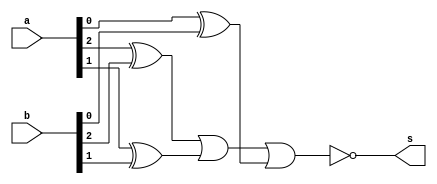
//Comparar igualdade e diferena com chave
//Wadson Ferreira
//460631

//S=1 -> A=B, S=0 -> A!=B
module comparadorI(output s, input[2:0] a, input[2:0] b);
	wire xora,xorb,xorc;
	xor X1(xora,a[2],b[2]);
	xor X2(xorb,a[1],b[1]);
	xor X3(xorc,a[0],b[0]);
	nor N1(s,xora,xorb,xorc);
endmodule

//S=1 -> A!=B, S=0 -> A=B
module comparadorD(output s, input[2:0] a, input[2:0] b);
	wire xora,xorb,xorc;
	xor X1(xora,a[2],b[2]);
	xor X2(xorb,a[1],b[1]);
	xor X3(xorc,a[0],b[0]);
	or N1(s,xora,xorb,xorc);
endmodule

module comparar(output s, input[2:0] a, input[2:0] b, input chave);
	wire notChave,andI,andD;
	wire ci,cd;
	not N1(notChave,chave);
	comparadorI CI(ci,a,b);
	comparadorD CD(cd,a,b);
	and I(andI,notChave,ci);
	and D(andD,chave,cd);
	or  O(s,andI,andD);
endmodule

module teste;
	wire saida;
	reg[2:0] entradaA, entradaB;
	reg chave;
	comparar C(saida,entradaA,entradaB,chave);
	initial begin
		$display("Chave=0 (Igualdade) , Chave=1 (Diferena)");
		#1 entradaA=3'b000; entradaB=3'b000; chave=1'b0;
		$monitor("A=%3b B=%3b Chave=%b Saida=%b",entradaA,entradaB,chave,saida);
		#1 entradaA=3'b000; entradaB=3'b000; chave=1'b0;
		#1 entradaA=3'b001; entradaB=3'b000; chave=1'b0;
		#1 entradaA=3'b010; entradaB=3'b000; chave=1'b0;
		#1 entradaA=3'b011; entradaB=3'b011; chave=1'b0;
		#1 entradaA=3'b000; entradaB=3'b000; chave=1'b1;
		#1 entradaA=3'b000; entradaB=3'b110; chave=1'b1;
		#1 entradaA=3'b001; entradaB=3'b100; chave=1'b1;
		#1 entradaA=3'b110; entradaB=3'b110; chave=1'b1;
	end
endmodule